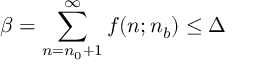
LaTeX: \beta = \sum _ { n = n _ { 0 } + 1 } ^ { \infty } f ( n ; n _ { b } ) \leq \Delta